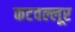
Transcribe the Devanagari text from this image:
कटवल्लूर